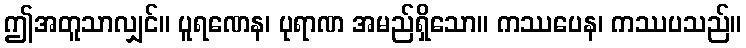
ဤအတူသာလျှင်။ ပူရဏေန၊ ပုရာဏ အမည်ရှိသော။ ကဿပေန၊ ကဿပသည်။